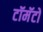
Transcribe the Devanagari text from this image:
टॉमॅटो